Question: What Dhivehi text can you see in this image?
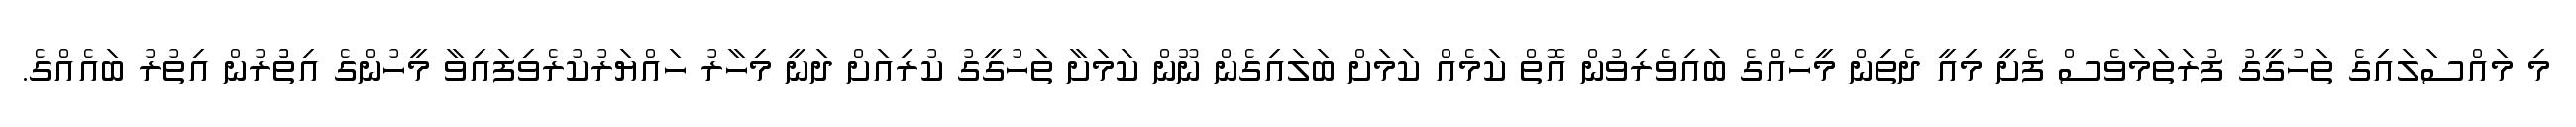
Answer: މި މައްސަލައިގެ ތަހުގީގު ފުރަތަމަވެސް ފެށީ މިއީ ދެތިން މީހެއްގެ ބައިވެރިވުން އޮތް ކަމެއް ކަމަށް ބަލައިގެން ނޫން ކަމަށާ ތަހުގީގު ކުރިއަށް ދަނީ މިހާރު ހައްޔަރުކުރެވިފައިވާ މީހުންގެ އިތުުރުން އިތުރު ބައެއްގެ.